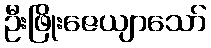
ဦးဖြိုးဇေယျာသော်